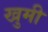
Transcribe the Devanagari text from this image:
खुमी